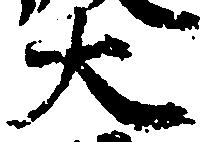
大